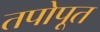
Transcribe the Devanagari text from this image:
तपोपूत